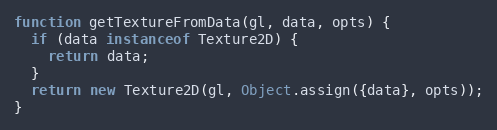
Language: JavaScript
function getTextureFromData(gl, data, opts) {
  if (data instanceof Texture2D) {
    return data;
  }
  return new Texture2D(gl, Object.assign({data}, opts));
}